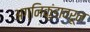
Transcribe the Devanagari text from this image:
अग्निकुंडावरून